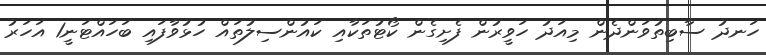
ހަނދު ސާބިތުވަންދެން މިއަދު ހަވީރުން ފެށިގެން ކޯޓުތަކާއި ކައުންސިލުތައް ހުޅުވާފައި ބަހައްޓަނީ1 އަހަރު